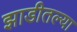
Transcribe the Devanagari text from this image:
झाडीतल्या